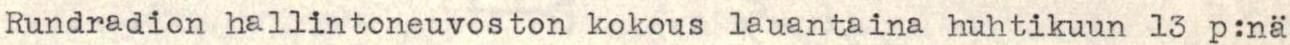
Rundradion hallintoneuvoston kokous lauantaina huhtikuun 13 p:nä